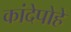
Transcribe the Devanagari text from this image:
कांदेपोहे